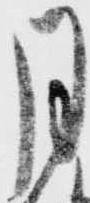
月